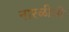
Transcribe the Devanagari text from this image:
नारळीची